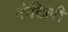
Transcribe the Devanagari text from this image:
कंटिली